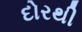
દોરથી